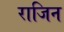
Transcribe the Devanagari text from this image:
राजिन